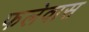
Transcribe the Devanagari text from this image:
फलेवास